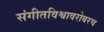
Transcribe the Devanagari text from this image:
संगीतविश्वावरोबरच